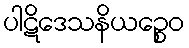
ပါဋိဒေသနိယဉ္စေဝ